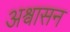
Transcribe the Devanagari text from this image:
अश्वासन